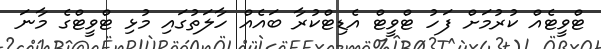
ޓްވީޓެއް ކުރުމަށް ފަހު ޓްވީޓް އެޑިޓްކުރާ ބައެއް ހާލަތުގައި މުޅި ޓްވީޓްގެ މާނަ